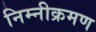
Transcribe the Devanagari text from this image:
निम्नीक्रमण